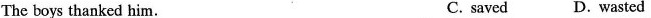
The boys thanked him. C. saved D.wasted